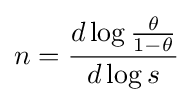
n={\frac {d\log {\frac {\theta }{1-\theta }}}{d\log s}}